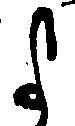
よ